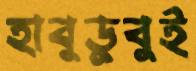
হাবুডুবুই